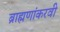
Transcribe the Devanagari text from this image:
ब्राह्मणांकरवी